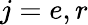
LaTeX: j=e,r